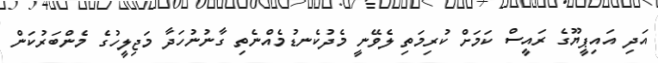
އަދި އައިޕީޔޫގެ ރައީސް ކަމަށް ކުރިމަތި ލެވޭނީ މެދުކެނޑުމެއްނެތި ގާނުނުހަދާ މަޖިލީހުގެ މެންބަރުކަން